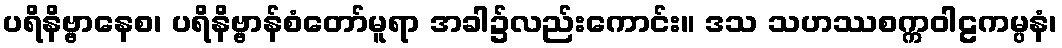
ပရိနိဗ္ဗာနေစ၊ ပရိနိဗ္ဗာန်စံတော်မူရာ အခါ၌လည်းကောင်း။ ဒသ သဟဿစက္ကဝါဠကမ္ပနံ၊